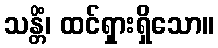
သန္တိံ၊ ထင်ရှားရှိသော။